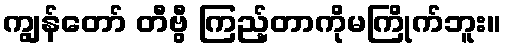
ကျွန်တော် တီဗွီ ကြည့်တာကိုမကြိုက်ဘူး။